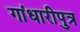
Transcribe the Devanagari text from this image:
गांधारीपुत्र